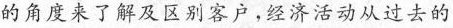
的角度来了解及区别客户，经济活动从过去的